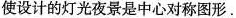
使设计的灯光夜景是中心对称图形.